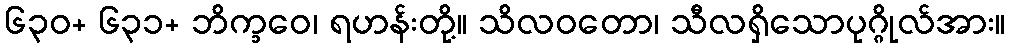
၆၃၀+ ၆၃၁+ ဘိက္ခဝေ၊ ရဟန်းတို့။ သိလဝတော၊ သီလရှိသောပုဂ္ဂိုလ်အား။